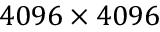
4 0 9 6 \times 4 0 9 6